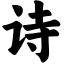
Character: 诗